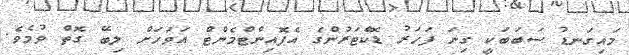
މައިގަނޑު ސަބަބަކީ ގިނަ ފަހަރު ޑޮކްޓަރުންގެ އެޕޮއިންޓްމެންޓް އަވަހަށް ލިބޭ ގޮތް ވުމެވެ.